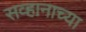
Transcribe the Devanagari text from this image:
सव्हानाच्या